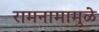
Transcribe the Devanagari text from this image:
रामनामामुळे